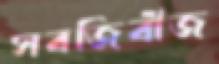
সবজিবীজ